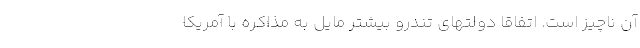
آن ناچیز است. اتفاقا دولتهای تندرو بیشتر مایل به مذاکره با آمریکا